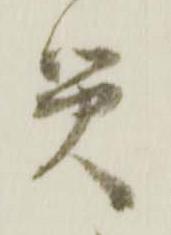
災